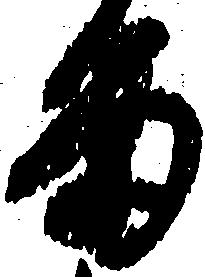
る